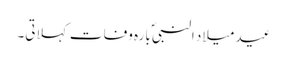
عید میلاد النبیؐ بارہ وفات کہلاتی۔